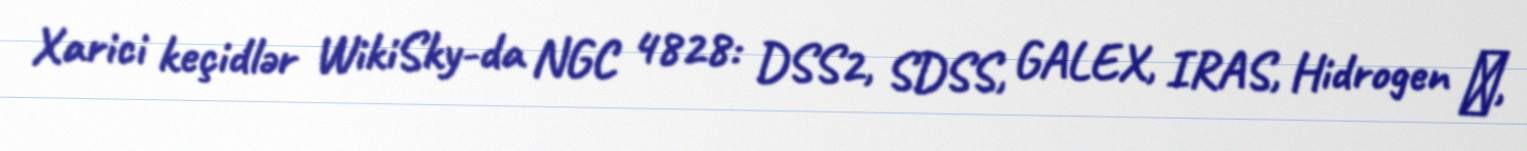
Xarici keçidlər WikiSky-da NGC 4828: DSS2, SDSS, GALEX, IRAS, Hidrogen α,